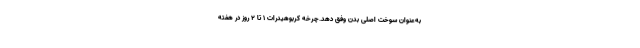
به‌عنوان سوخت اصلی بدن وفق دهد.چرخه کربوهیدرات 1 تا 2 روز در هفته